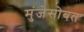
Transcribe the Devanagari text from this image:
मुंजेसोबत